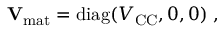
\mathbf { V } _ { \mathrm { m a t } } = \mathrm { d i a g } ( V _ { \mathrm { C C } } , 0 , 0 ) \; ,